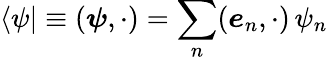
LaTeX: \langle\psi|\equiv({\boldsymbol{\psi}},\cdot)=\sum_{n}({\boldsymbol{e}}_{n},\cdot)\, \psi_{n}